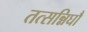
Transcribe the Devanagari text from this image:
तत्सन्निघौ